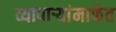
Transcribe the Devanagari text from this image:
व्यापाऱ्यांमार्फत